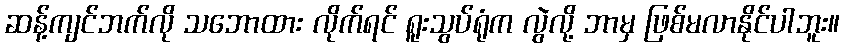
ဆန့်ကျင်ဘက်လို သဘောထား လိုက်ရင် ရူးသွပ်ရုံက လွဲလို့ ဘာမှ ဖြစ်မလာနိုင်ပါဘူး။